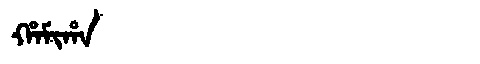
Manchu: ᡥᠠᠮᡳᡥᠠ
Romanization: HAMIHA